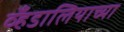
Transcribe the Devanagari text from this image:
व्हँडालियाच्या